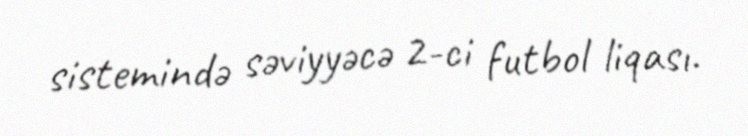
sistemində səviyyəcə 2-ci futbol liqası.